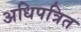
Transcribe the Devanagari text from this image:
अधिपत्रित